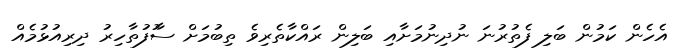
އެހެން ކަމުން ބަލި ފެތުރުނަ ނުދިނުމަށާއި ބަލިން ރައްކާތެރިވެ ތިބުމަށް ސާުފުތާހިރު ދިރިއުޅުމެއް